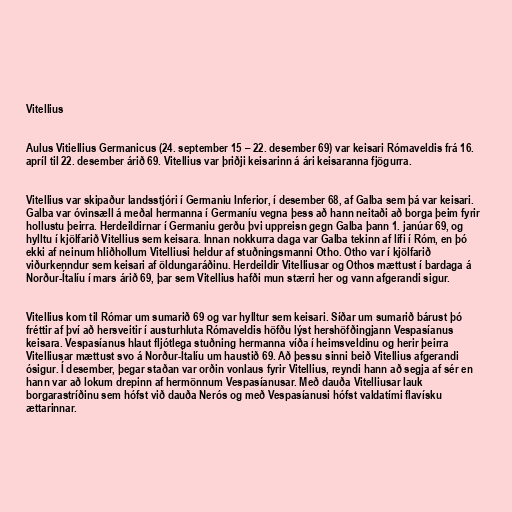
Vitellius

Aulus Vitiellius Germanicus (24. september 15 – 22. desember 69) var keisari Rómaveldis frá 16.
apríl til 22. desember árið 69. Vitellius var þriðji keisarinn á ári keisaranna fjögurra.

Vitellius var skipaður landsstjóri í Germaniu Inferior, í desember 68, af Galba sem þá var keisari.
Galba var óvinsæll á meðal hermanna í Germaníu vegna þess að hann neitaði að borga þeim fyrir
hollustu þeirra. Herdeildirnar í Germaniu gerðu þvi uppreisn gegn Galba þann 1. janúar 69, og
hylltu í kjölfarið Vitellius sem keisara. Innan nokkurra daga var Galba tekinn af lífi í Róm, en þó
ekki af neinum hliðhollum Vitelliusi heldur af stuðningsmanni Otho. Otho var í kjölfarið
viðurkenndur sem keisari af öldungaráðinu. Herdeildir Vitelliusar og Othos mættust í bardaga á
Norður-Ítalíu í mars árið 69, þar sem Vitellius hafði mun stærri her og vann afgerandi sigur.

Vitellius kom til Rómar um sumarið 69 og var hylltur sem keisari. Síðar um sumarið bárust þó
fréttir af því að hersveitir í austurhluta Rómaveldis höfðu lýst hershöfðingjann Vespasíanus
keisara. Vespasíanus hlaut fljótlega stuðning hermanna víða í heimsveldinu og herir þeirra
Vitelliusar mættust svo á Norður-Ítalíu um haustið 69. Að þessu sinni beið Vitellius afgerandi
ósigur. Í desember, þegar staðan var orðin vonlaus fyrir Vitellius, reyndi hann að segja af sér en
hann var að lokum drepinn af hermönnum Vespasíanusar. Með dauða Vitelliusar lauk
borgarastríðinu sem hófst við dauða Nerós og með Vespasíanusi hófst valdatími flavísku
ættarinnar.